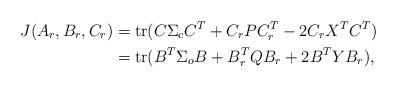
LaTeX: \begin{align*}J(A_r,B_r,C_r) &= {\rm tr}( C\Sigma_c C^T +C_rPC_r^T-2C_rX^TC^T) \\&= {\rm tr} ( B^T\Sigma_o B +B_r^TQB_r + 2B^TYB_r),\end{align*}